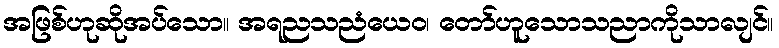
အဖြစ်ဟုဆိုအပ်သော။ အရညသညံယေဝ၊ တော်ဟူသောသညာကိုသာလျင်။